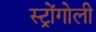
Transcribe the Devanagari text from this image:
स्ट्रोंगोली